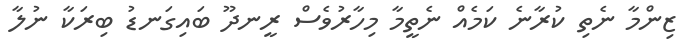
ޒިންމާ ނެތި ކުރާނެ ކަމެއް ނެތީމާ މިހާރުވެސް ރީނދޫ ބައިގަނޑު ބިރަކާ ނުލާ